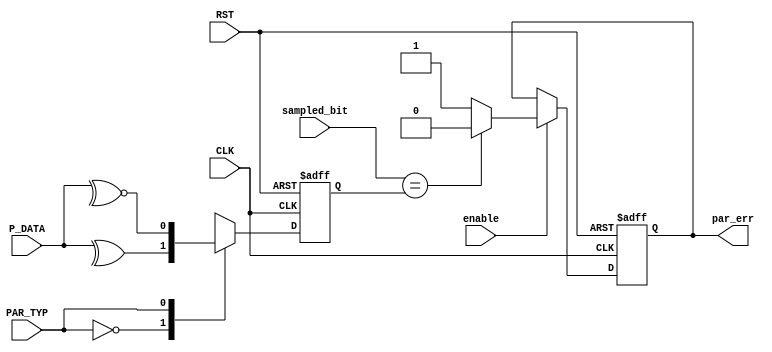
module parity_check #(parameter DATA_WIDTH = 8)(
  input   wire                   enable            ,
  input   wire                   sampled_bit       ,
  input   wire                   PAR_TYP           ,
  input   wire [DATA_WIDTH-1 :0] P_DATA            ,
  input   wire                   CLK               ,
  input   wire                   RST               ,
  output  reg                    par_err 
  );
  
 reg par_bit;
  
always@(posedge CLK or negedge RST)
 begin 
   if(!RST)
     begin
      par_err <= 'b0;
     end
   else if(enable)
     begin
      if(sampled_bit == par_bit)
        par_err <= 'b0;
      else
        par_err <= 'b1;
     end
 end
always@(posedge CLK or negedge RST)
 begin 
     if(!RST)
       begin
        par_bit <= 'b0;
       end
       
   else
     begin 
      case(PAR_TYP)
	       1'b0 : begin                 
	               par_bit <= ^P_DATA  ;     // Even Parity
	              end
	       1'b1 : begin
	               par_bit <= ~^P_DATA ;     // Odd Parity
	              end		
	    endcase 
     end 
end
endmodule